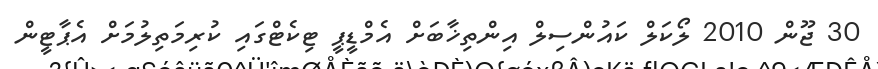
30 ޖޫން 2010 ލޯކަލް ކައުންސިލް އިންތިޚާބަށް އެމްޑީޕީ ޓިކެޓްގައި ކުރިމަތިލުމަށް އެޕާޓީން